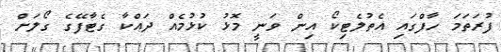
ފުރަތަމަ ހާފްގައި އެތުލެޓިކޯ އިން ވަނީ މޮޅު ކުޅުމެއް ދައްްކާ ގެޓާފޭގެ ގޯލަށް